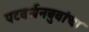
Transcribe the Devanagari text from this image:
पटवर्धनबुवांचा